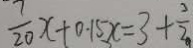
\frac { 7 } { 2 0 } x + 0 . 1 5 x = 3 + \frac { 3 } { 2 }